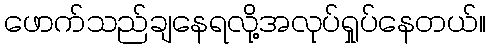
ဖောက်သည်ချနေရလို့အလုပ်ရှုပ်နေတယ်။